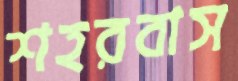
শহরবাস